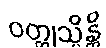
ဝတ္ထုသ္မိန္တိ